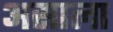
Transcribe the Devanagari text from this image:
असाला